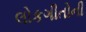
લોકગીતોની